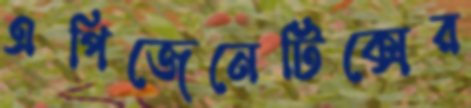
এপিজেনেটিক্সের